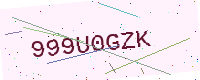
Text: 999U0GZK